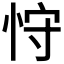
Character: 𰑚